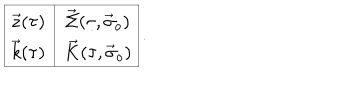
\begin{array} { | c | c | } \hline { { \vec { z } ( \tau ) } } & { { \vec { \Sigma } ( \tau , \vec { \sigma } _ { o } ) } } \\ { { \vec { k } ( \tau ) } } & { { \vec { K } ( \tau , \vec { \sigma } _ { o } ) } } \\ \hline { { } } \\ \end{array} .